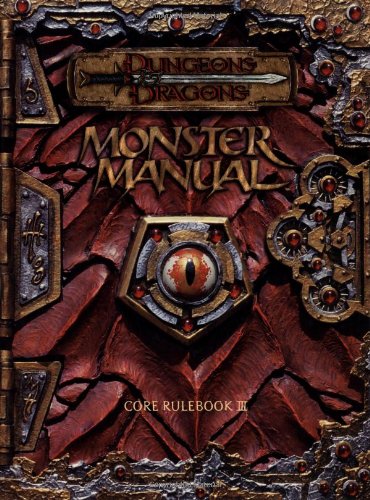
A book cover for Monster Manual: Core Rulebook III (Dungeons & Dragons); Monte Cook; Science Fiction & Fantasy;